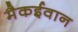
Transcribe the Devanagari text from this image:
मैकईवान